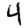
Digit: 4